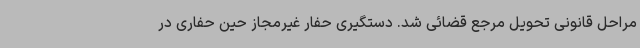
مراحل قانونی تحویل مرجع قضائی شد. دستگیری حفار غیرمجاز حین حفاری در